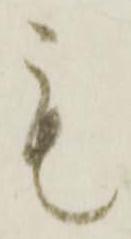
も